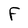
Character: F